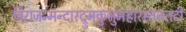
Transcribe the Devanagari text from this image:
विराजन्मन्दारद्रुमकुसुमहारस्तनतटी